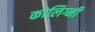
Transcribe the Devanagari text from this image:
कोलिग्नी